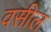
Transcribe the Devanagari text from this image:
वसील